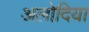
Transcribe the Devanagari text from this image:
अलोदिया